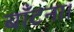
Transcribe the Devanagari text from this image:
बाँटना।